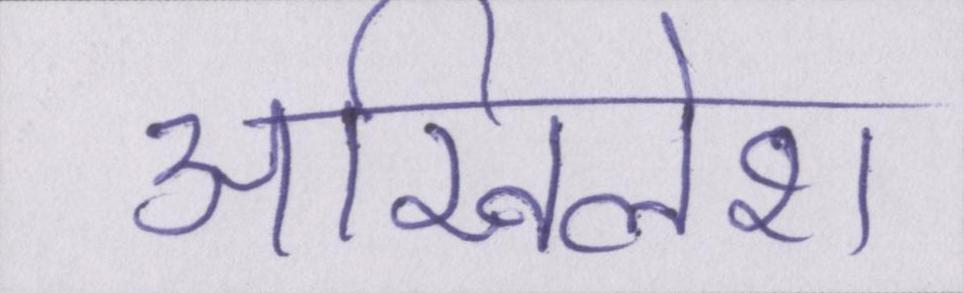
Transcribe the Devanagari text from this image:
अखिलेश